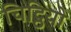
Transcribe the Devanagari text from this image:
चिट्ठियो